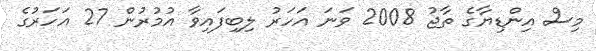
މިސް އިންޑިޔާގެ ތާޖު 2008 ވަނަ އަހަރު ލިބިފައިވާ އުމުރުން 27 އަހަރުގެ